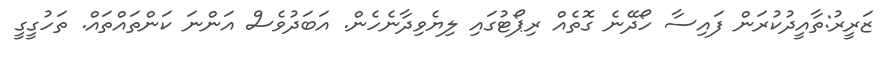
ޒަރީރު:ތާއީދުކުރަން ފައިސާ ހޯދޭނެ ގޮތެއް ރިޕޯޓުގައި ލިޔެވިދާނެހެން. އަބަދުވެސް އަންނަ ކަންތައްތައް. ތަހުގީގީ